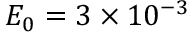
E _ { 0 } = 3 \times 1 0 ^ { - 3 }